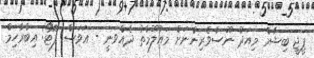
ޕީޖީ ބިޝާމް މިއަދު ނޫސްވެރިންނަށް މައުލޫމާތު ދެއްވަނީ - އަވަސް ފޮޓޯ: އިބްރާހިމް